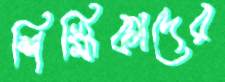
শিক্ষিকাদের